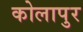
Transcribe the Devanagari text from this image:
कोलापुर